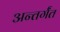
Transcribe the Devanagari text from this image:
अन्तर्गंत